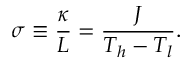
\sigma \equiv \frac { \kappa } { L } = \frac { J } { T _ { h } - T _ { l } } .